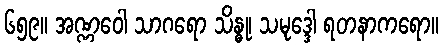
၆၅၉။ အဏ္ဏဝေါ သာဂရော သိန္ဓု၊ သမုဒ္ဒေါ ရတနာကရော။